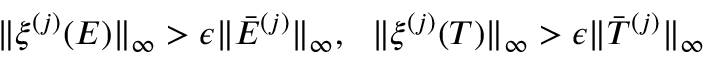
\| \xi ^ { ( j ) } ( E ) \| _ { \infty } > \epsilon \| \bar { E } ^ { ( j ) } \| _ { \infty } , \ \ \| \xi ^ { ( j ) } ( T ) \| _ { \infty } > \epsilon \| \bar { T } ^ { ( j ) } \| _ { \infty }